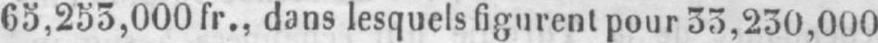
65,253,000 fr., dans lesquels figurent pour 33,230,000